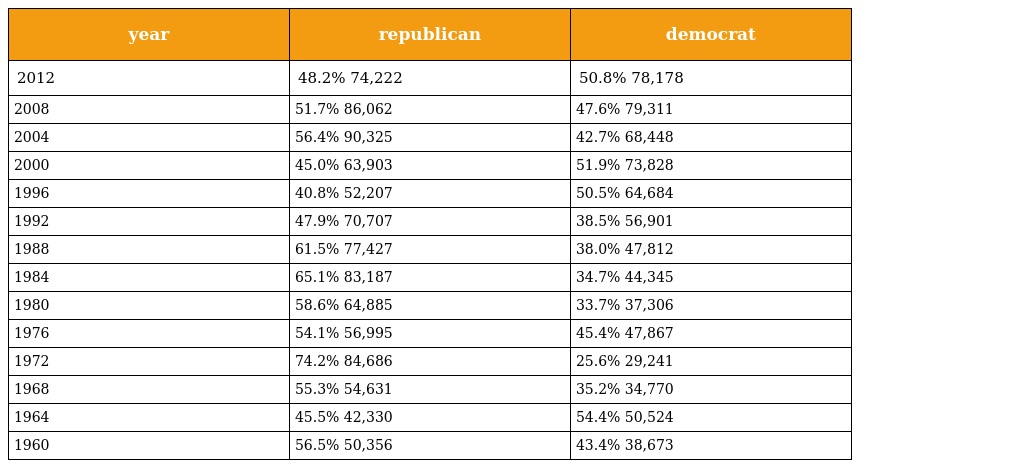
| year | republican | democrat |
 | --- | --- | --- |
 | 2012 | 48.2% 74,222 | 50.8% 78,178 |
 | 2008 | 51.7% 86,062 | 47.6% 79,311 |
 | 2004 | 56.4% 90,325 | 42.7% 68,448 |
 | 2000 | 45.0% 63,903 | 51.9% 73,828 |
 | 1996 | 40.8% 52,207 | 50.5% 64,684 |
 | 1992 | 47.9% 70,707 | 38.5% 56,901 |
 | 1988 | 61.5% 77,427 | 38.0% 47,812 |
 | 1984 | 65.1% 83,187 | 34.7% 44,345 |
 | 1980 | 58.6% 64,885 | 33.7% 37,306 |
 | 1976 | 54.1% 56,995 | 45.4% 47,867 |
 | 1972 | 74.2% 84,686 | 25.6% 29,241 |
 | 1968 | 55.3% 54,631 | 35.2% 34,770 |
 | 1964 | 45.5% 42,330 | 54.4% 50,524 |
 | 1960 | 56.5% 50,356 | 43.4% 38,673 |